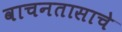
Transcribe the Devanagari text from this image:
वाचनतासाचे